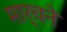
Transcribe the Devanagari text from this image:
मार्चने